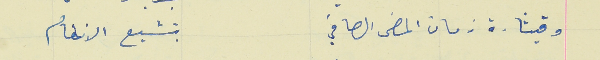
وقيثارة زمان المضى الصافي                          بتشيع الانغام